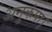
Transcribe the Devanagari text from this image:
अनुकंपा।